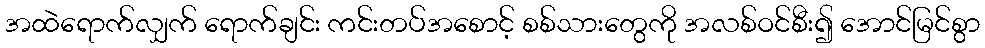
အထဲရောက်လျှက် ရောက်ချင်း ကင်းတပ်အစောင့် စစ်သားတွေကို အလစ်ဝင်စီး၍ အောင်မြင်စွာ